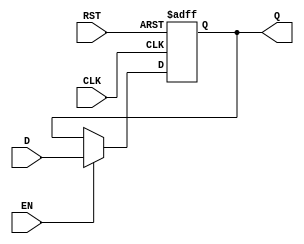
module stage_register (
    input wire CLK,        // Clock signal
    input wire EN,        // Enable signal
    input wire RST,       // Reset signal (active high)
    input wire [N-1:0] D, // Data input (N bits wide)
    output reg [N-1:0] Q  // Data output (N bits wide)
);
    parameter N = 8; // Define the width of the register (8 bits by default)

    // Always block for synchronous reset and data capture
    always @(posedge CLK or posedge RST) begin
        if (RST) begin
            Q <= {N{1'b0}}; // Reset output to zero
        end else if (EN) begin
            Q <= D; // Capture data input on clock edge if enabled
        end
        // If EN is low, Q retains its previous value
    end
endmodule